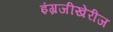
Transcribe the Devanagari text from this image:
इंग्रजीखेरीज